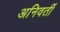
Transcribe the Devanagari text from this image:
अनिवर्ती